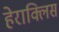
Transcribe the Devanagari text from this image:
हेराक्लिस